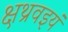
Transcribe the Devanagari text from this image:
क्षथ्रवइयं